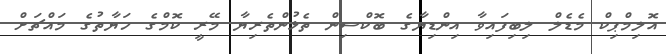
އޮލިމްޕިކް މެޑެލް ލިބިފައިވާ އިންޑިޔާގެ ބޮކްސިން ތެޅުންތެރިޔާ މޭރީ ކޮމްގެ ހަޔާތުގެ މައްޗަށް